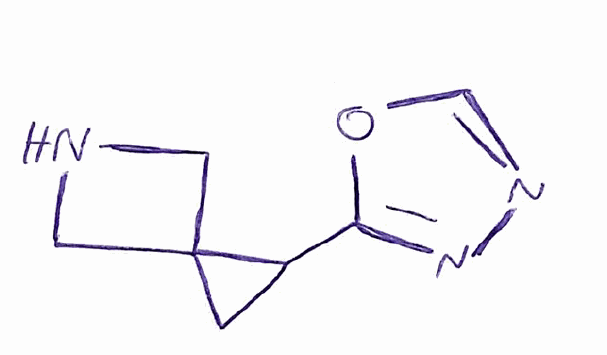
Simplified molecular-input line-entry system (SMILES) notation of the given molecule:
C1C(C12CNC2)C3=NN=CO3